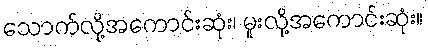
သောက်လို့အကောင်းဆုံး၊ မူးလို့အကောင်းဆုံး။